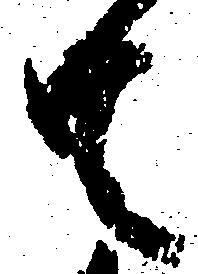
共